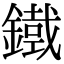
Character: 𮢾